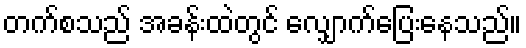
တက်စသည် အခန်းထဲတွင် လျှောက်ပြေးနေသည်။